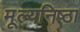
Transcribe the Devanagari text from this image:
मूल्यनिष्ठा